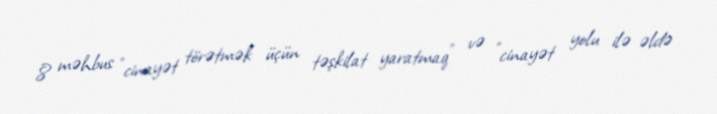
8 məhbus "cinayət törətmək üçün təşkilat yaratmaq" və "cinayət yolu ilə əldə